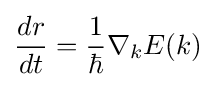
{\frac {dr}{dt}}={\frac {1}{\hbar }}\nabla _{k}E(k)